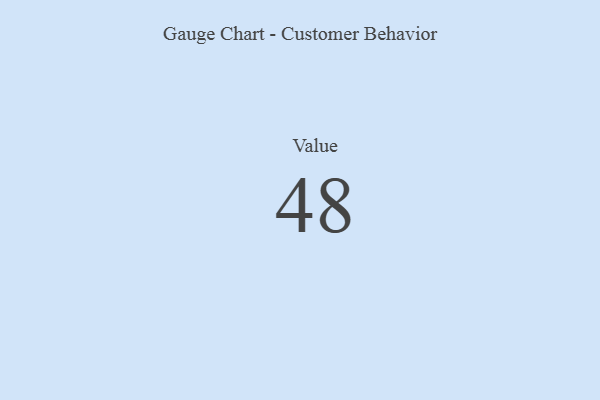
{"axis": {"x": "Metric", "y": "Value"}, "legend": [""], "data": [{"x": "Value", "y": 48, "type": ""}]}